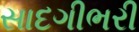
સાદગીભરી